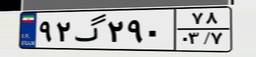
۲۶گ۴۷۴۵۴